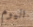
اليوم